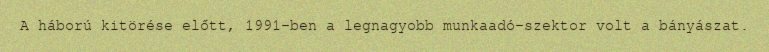
A háború kitörése előtt, 1991-ben a legnagyobb munkaadó-szektor volt a bányászat.